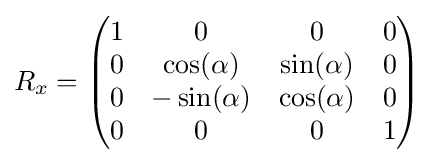
R_{x}={\begin{pmatrix}1&0&0&0\\0&\cos(\alpha )&\sin(\alpha )&0\\0&-\sin(\alpha )&\cos(\alpha )&0\\0&0&0&1\end{pmatrix}}